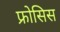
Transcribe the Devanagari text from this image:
फ्रोसिस